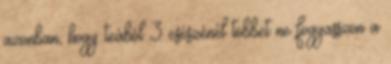
azonban, hogy teából 3 csészénél többet ne fogyasszon a